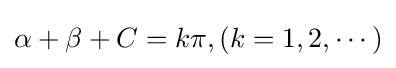
\alpha +\beta +C=k\pi ,(k=1,2,\cdots )